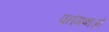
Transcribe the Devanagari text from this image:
पतंगबाजों